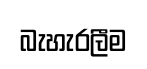
බැහැරලීම